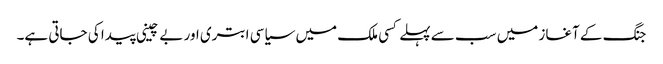
جنگ کے آغاز میں سب سے پہلے کسی ملک میں سیاسی ابتری اور بے چینی پیدا کی جاتی ہے۔